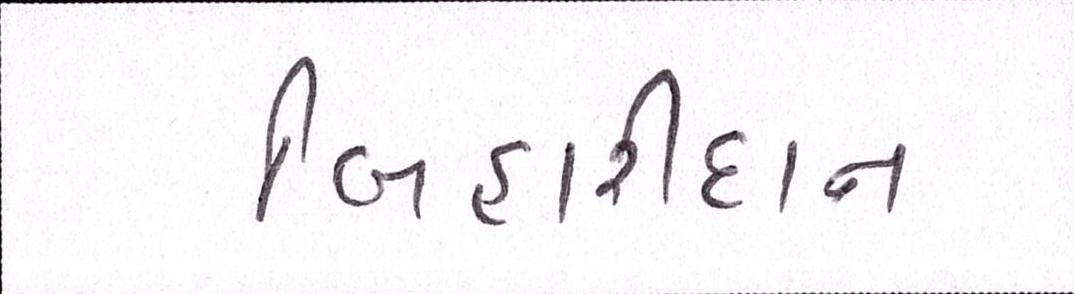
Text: બિહારીદાન